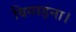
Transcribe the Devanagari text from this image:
बिगाड़ना।